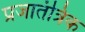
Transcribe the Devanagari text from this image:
प्रजातंत्रिक